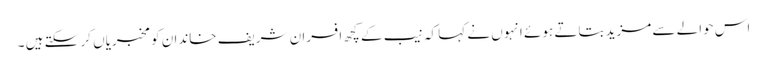
اس حوالے سے مزید بتاتے ہوئے انہوں نے کہا کہ نیب کے کچھ افسران شریف خاندان کو مخبریاں کر سکتے ہیں ۔